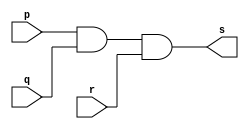
// Exemplo0008 - AND - Morgan
// Nome: talo Guimares Otoni

module andgate (output s, input p, input q, input r);

	assign s = p & q & r;

endmodule

module testeandgate;

	reg a,b,c;
	wire s;
	
	andgate AND1(s, a, b, c);
	
	initial begin:start
	
	a=0;
	b=0;
	c=0;
	
	end
	
	initial begin:main
	
	$display("Exemplo0008 - talo Guimares Otoni - 451581");
	$monitor ("%b %b %b = %b", a, b, c, s);
	
	#1 a=0; b=0; c=1;
	#1 a=0; b=1; c=0;
	#1 a=0; b=1; c=1;
	#1 a=1; b=0; c=0;
	#1 a=1; b=0; c=1;
	#1 a=1; b=1; c=0;
	#1 a=1; b=1; c=1;

	end

endmodule